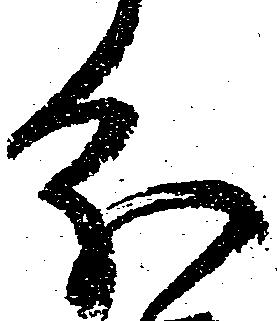
分